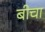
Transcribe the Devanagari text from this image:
बीचा